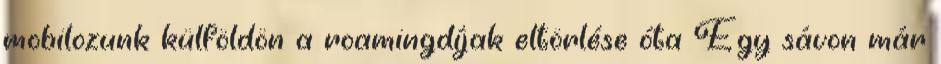
mobilozunk külföldön a roamingdíjak eltörlése óta Egy sávon már